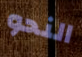
النحو